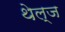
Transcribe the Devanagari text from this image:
थेल्ज